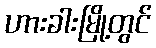
ဟားခါးမြို့တွင်